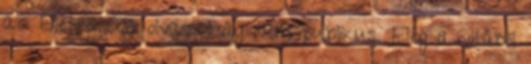
az Életről Az olvasottság nem publikus. Elég a vitából